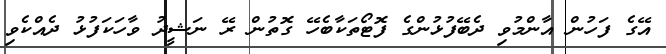
އޭގެ ފަހުން އާންމުވި ދެބޭފުޅުންގެ ފޮޓޯތަކާބެހޭ ގޮތުން ރޭ ނަޝީދު ވާހަކަފުޅު ދެއްކެވި